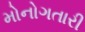
મોનોગતારી